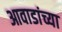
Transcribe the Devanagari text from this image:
आवाडांच्या